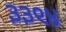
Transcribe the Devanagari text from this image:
३३९४